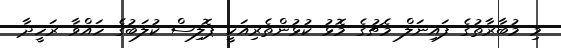
މި މުބާރާތުގެ ފައިނަލް މެޗުގެ މޮޅު ކުޅުންތެރިއަކީ ޕޮލިސް ކުލަބުގެ ހައްވާ ރަހީދާ